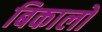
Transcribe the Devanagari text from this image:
बिकालो